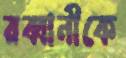
রব্বানীকে